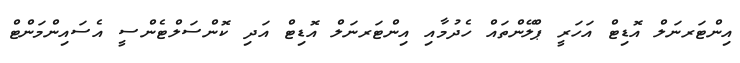
އިންޓަރނަލް އޮޑިޓް އަހަރީ ޕްލޭންތައް ހެދުމާއި އިންޓަރނަލް އޮޑިޓް އަދި ކޮންސަލްޓެންސީ އެސައިންމަންޓް